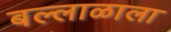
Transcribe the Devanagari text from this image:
बल्लाळाला